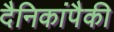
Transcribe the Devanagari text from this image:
दैनिकांपैकी